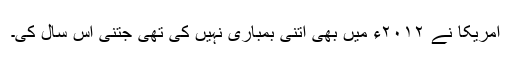
امریکا نے ۲۰۱۲ء میں بھی اتنی بمباری نہیں کی تھی جتنی اس سال کی۔